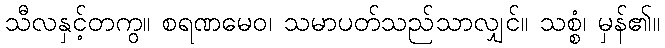
သီလနှင့်တကွ။ စရဏမေဝ၊ သမာပတ်သည်သာလျှင်။ သစ္စံ၊ မှန်၏။